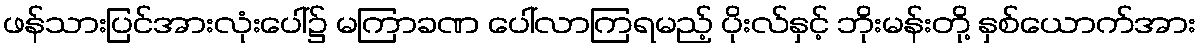
ဖန်သားပြင်အားလုံးပေါ်၌ မကြာခဏ ပေါ်လာကြရမည့် ပိုးလ်နှင့် ဘိုးမန်းတို့ နှစ်ယောက်အား